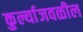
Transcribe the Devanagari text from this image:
कुर्ल्याजवळील